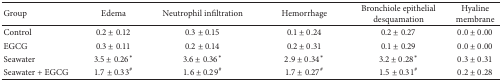
<table><thead><tr><td><b>Group</b></td><td><b>Edema</b></td><td><b>Neutrophil infiltration </b></td><td><b>Hemorrhage</b></td><td><b>Bronchiole epithelial desquamation</b></td><td><b>Hyaline membrane</b></td></tr></thead><tbody><tr><td>Control</td><td>0.2 ± 0.12</td><td>0.3 ± 0.15</td><td>0.1 ± 0.24</td><td>0.2 ± 0.27</td><td>0.0 ± 0.00</td></tr><tr><td>EGCG</td><td>0.3 ± 0.11</td><td>0.2 ± 0.14</td><td>0.2 ± 0.31</td><td>0.1 ± 0.29</td><td>0.0 ± 0.00</td></tr><tr><td>Seawater</td><td>3.5 ± 0.26*</td><td>3.6 ± 0.36*</td><td>2.9 ± 0.34*</td><td>3.2 ± 0.28*</td><td>0.3 ± 0.31</td></tr><tr><td>Seawater + EGCG</td><td>1.7 ± 0.33<sup>#</sup></td><td>1.6 ± 0.29<sup>#</sup></td><td>1.7 ± 0.27<sup>#</sup></td><td>1.5 ± 0.31<sup>#</sup></td><td>0.2 ± 0.28</td></tr></tbody></table>